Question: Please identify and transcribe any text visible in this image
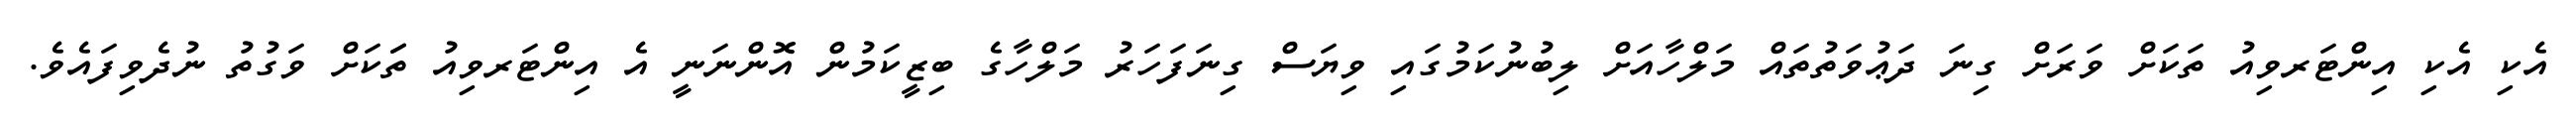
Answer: އެކި އެކި އިންޓަރވިއު ތަކަށް ވަރަށް ގިނަ ދަޢުވަތުތައް މަލްހާއަށް ލިބުނުކަމުގައި ވިޔަސް ގިނަފަހަރު މަލްހާގެ ބިޒީކަމުން އޮންނަނީ އެ އިންޓަރވިއު ތަަކަށް ވަގުތު ނުދެވިފައެވެ.